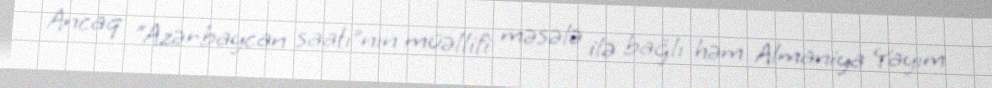
Ancaq “Azərbaycan saatı”nın müəllifi məsələ ilə bağlı həm Almaniya Yayım